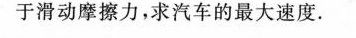
于滑动摩擦力，求汽车的最大速度.